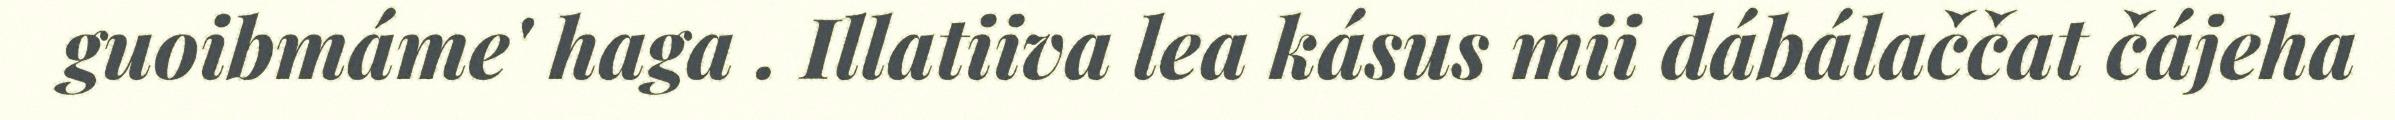
guoibmáme' haga . Illatiiva lea kásus mii dábálaččat čájeha